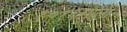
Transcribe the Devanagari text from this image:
१०१६साली